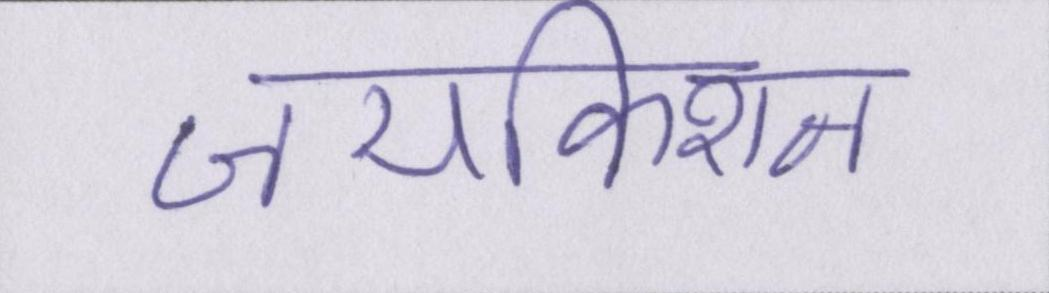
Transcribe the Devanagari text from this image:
जयकिशन